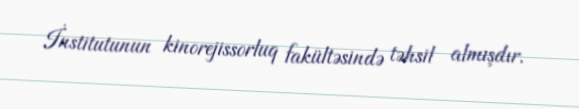
İnstitutunun kinorejissorluq fakültəsində təhsil almışdır.